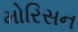
મોરિસન